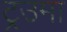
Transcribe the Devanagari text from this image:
ट्रउमा